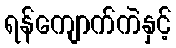
ရန်ကျောက်ကဲနှင့်